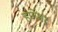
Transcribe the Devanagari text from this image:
हर्णेश्वर